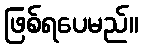
ဖြစ်ရပေမည်။